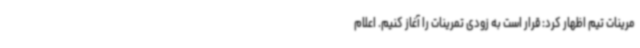
مرینات تیم اظهار کرد: قرار است به زودی تمرینات را آغاز کنیم. اعلام